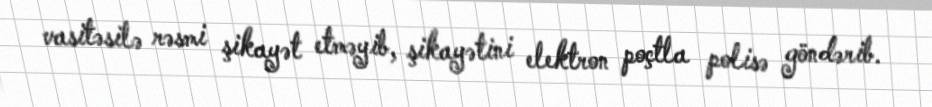
vasitəsilə rəsmi şikayət etməyib, şikayətini elektron poçtla polisə göndərib.